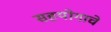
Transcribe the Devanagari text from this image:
सहयोगाचे